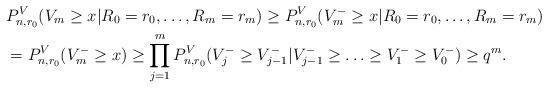
LaTeX: \begin{align*}&P_{n,r_0}^V(V_m \geq x|R_0 = r_0, \ldots, R_m = r_m) \geq P_{n,r_0}^V(V_m^- \geq x|R_0 = r_0, \ldots, R_m = r_m) \\& = P_{n,r_0}^V(V_m^- \geq x) \geq \prod_{j=1}^{m} P_{n,r_0}^V(V_j^- \geq V_{j-1}^-|V_{j-1}^- \geq \ldots \geq V_1^- \geq V_0^-) \geq q^m.\end{align*}